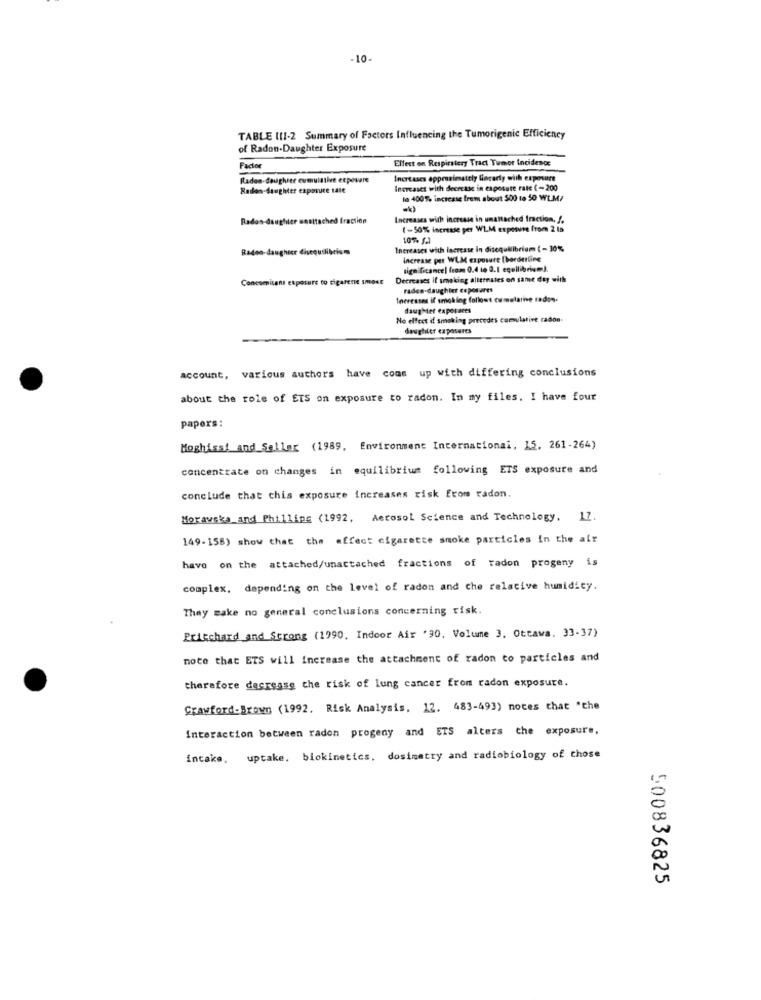
-10.
TABLE (11-2 Summary of Factors Influencing the Tumorigenic Efficiency
of Radon-Daughter Exposure
Effect on Respiratory Tract Tumor incidence
Factor
Radon-daughter cumulative exposure
Increases appronimately Gørerly with exposant
Raden-daughter exposure tale
Increases with decrease in exposure rate (-200
la 400% increase frem about 500 to 50 WLM/
Radon-daughter maattached fraction
Increases with increase in unattached fraction. .
(-50% increase per WLM exposure from 2 ts
10% (2)
Radeo-daughter disequilibrium
Increases with lacrease In disequilibrium (-30%
Increase per WLM exposure [bordetling
significance| from 0.4 to 0.1 equilibrium).
Concomitant exposure to cigarene smaNE
Decreases if smoking alternates on same day with
raden-daughter coposures
Increases if smoking follows cumulative radon.
daughter caporaces
No effect i smoking precedes cumulative radon
daughter exposures
account, various authors have come up with differing conclusions
about the role of ETS on exposure to radon. In my files. I have four
papers:
Moghissi and Seller (1989, Environment International, 15. 261-264)
concentrate on changes in equilibrium following ETS exposure and
conclude that chis exposure increases risk from radon.
Morawska and Phillipe (1992, Aerosol Science and Technology. 17.
149-158) show that the affect cigarette smoke particles in the air
have on the attached/unattached fractions of radon progeny is
complex, depending on the level of radon and che relative humidity.
They make no general conclusions concerning risk.
Pritchard and Strong (1990. Indoor Air '90, Volume 3, Ottawa. 33-37)
note that ETS will increase the attachment of radon to particles and
therefore decrease the risk of lung cancer from radon exposure.
Crawford-Brown (1992. Risk Analysis, 12. 483-493) notes that "che
Interaction between radon progeny and ETS alters the exposure,
intake, uptake. biokinetics, dosimetry and radiobiology of those
500836825